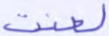
لعنت